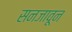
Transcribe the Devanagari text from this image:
सनजावून